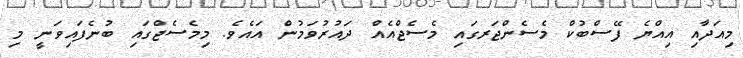
މިއަދާއި އިއްޔެ ފޭސްބުކް މެސެންޖަރގައި މެސެޖްއެއް ދައުރުވަމުން އައެވެ. މިމެސެޖްގައި ބުނެފައިވަނީ މި